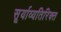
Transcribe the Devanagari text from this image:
सूर्याव्यतिरिक्त